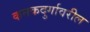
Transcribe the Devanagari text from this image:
कनकदुर्गावरील